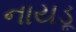
નાયડૂ